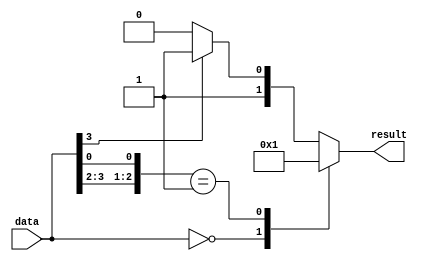
module casez_example (
    input [3:0] data,
    output reg [1:0] result
);

always @(*)
begin
    casez(data)
        4'b0000: result = 2'b00;
        4'b00?1: result = 2'b01;
        4'b0???: result = 2'b10;
        default: result = 2'b11;
    endcase
end

endmodule